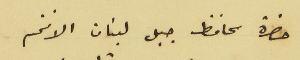
حضرة محافظ جبل لبنان الافخم